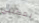
يمكنني